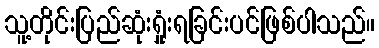
သူ့တိုင်းပြည်ဆုံးရှုံးရခြင်းပင်ဖြစ်ပါသည်။